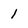
Character: l